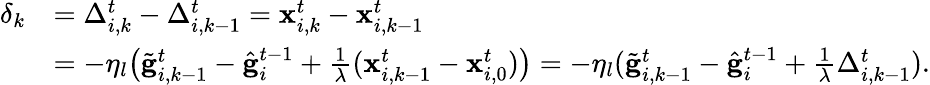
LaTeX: \begin{array}{rl}{\delta_{k}}&{=\Delta_{i,k}^{t}-\Delta_{i,k-1}^{t}=\mathbf{x}_{i,k}^{t}-\mathbf{x}_{i,k-1}^{t}}\\ &{=-\eta_{l}\bigl(\tilde{\mathbf{g}}_{i,k-1}^{t}-\hat{\mathbf{g}}_{i}^{t-1}+\frac{1}{\lambda}(\mathbf{x}_{i,k-1}^{t}-\mathbf{x}_{i,0}^{t})\bigr)=-\eta_{l}(\tilde{\mathbf{g}}_{i,k-1}^{t}-\hat{\mathbf{g}}_{i}^{t-1}+\frac{1}{\lambda}\Delta_{i,k-1}^{t}).}\end{array}